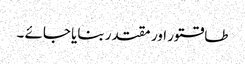
طاقتور اور مقتدر بنایا جائے ۔